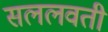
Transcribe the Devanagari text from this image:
सललवती